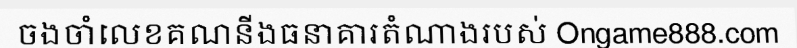
ចងចាំលេខគណនីងធនាគារតំណាងរបស់ Ongame888.com